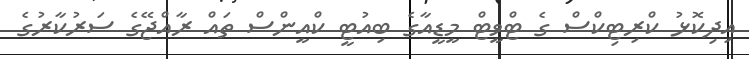
އިދިކޮޅު ކްރިޓިކްސް ގެ ޓްވީޓް މީޑީއާގެ ބިއުޓީ ކްއީންސް ތައް ރާއްޖޭގެ ސަރުކާރުގެ